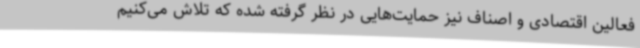
فعالین اقتصادی و اصناف نیز حمایت‌هایی در نظر گرفته شده که تلاش می‌کنیم